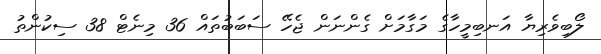
ލޯބިވެރިޔާ އަނބިމީހާގެ މަގާމަށް ގެންނަން ޖެހޭ ސަބަބުތައް 36 މިނެޓް 38 ސިކުންތު